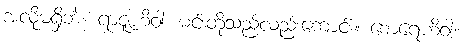
အလိုမရှိဘဲ။ ရာဇူဟိဝါ၊ မင်းတို့သည်လည်းကောင်း။ စောရေဟိဝါ၊